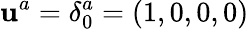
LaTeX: \mathbf{u}^{a}=\delta_{0}^{a}=(1,0,0,0)